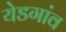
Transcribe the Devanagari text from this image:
येडगांव